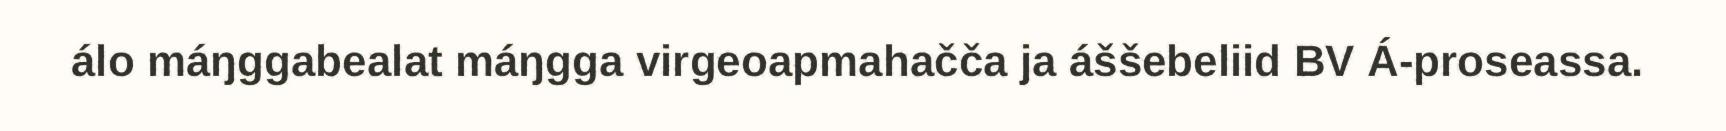
álo máŋggabealat máŋgga virgeoapmahačča ja áššebeliid BV Á-proseassa.